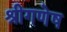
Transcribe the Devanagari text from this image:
श्रीगणेष